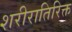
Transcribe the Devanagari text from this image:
शरीरातिरिक्त